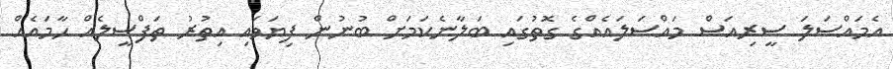
އެމައްސަލަ ސީރިއަސް މައްސަލައެއްގެ ގޮތުގައި ބަލާނެކަމަށް ބުނުން ފިޔަވައި އިތުރު ތަފްސީލެއް ހާމައެއް